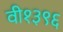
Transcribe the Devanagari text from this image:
वी१३९६